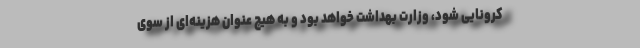
کرونایی شود، وزارت بهداشت خواهد بود و به هیچ عنوان هزینه‌ای از سوی